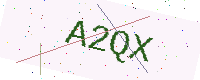
Text: A2QX